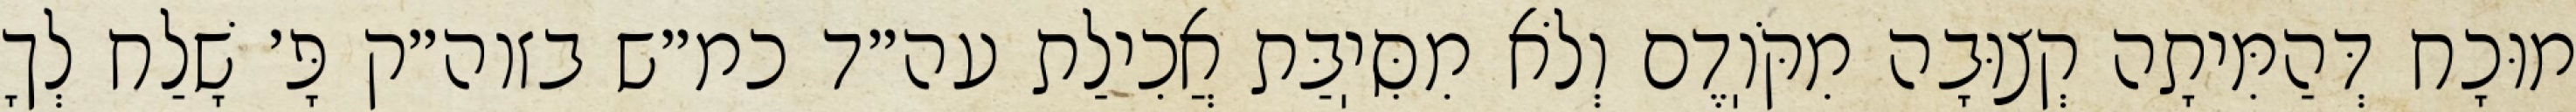
מוּכָח דְּהַמִּיתָה קְצוּבָה מִקֹּוֽדֶם וְלֹא מִסִּיֽבַּת אֲכִילַת עה״ד כמ״ש בזוה״ק פָּ׳ שָׁלַח לְךָ